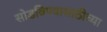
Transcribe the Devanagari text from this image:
सोडविण्यासाठीच्या